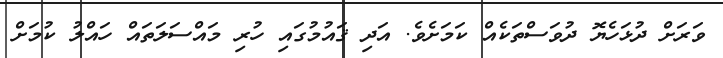
ވަރަށް ދުޅަހެޔޮ ދުވަސްތަކެއް ކަމަށެވެ. އަދި ޤައުމުގައި ހުރި މައްސަލަތައް ހައްލު ކުމަށް